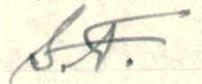
s.T.